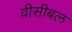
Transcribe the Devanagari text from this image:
वीसीबल